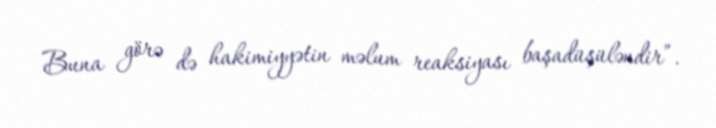
Buna görə də hakimiyyətin məlum reaksiyası başadüşüləndir”.